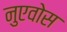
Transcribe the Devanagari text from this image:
नुएवोस